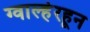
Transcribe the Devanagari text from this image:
ग्वाल्हेरहून